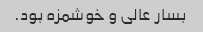
بسار عالی و خوشمزه بود.